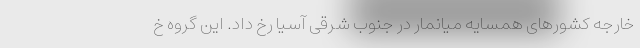
خارجه کشورهای همسایه میانمار در جنوب شرقی آسیا رخ داد. این گروه خ